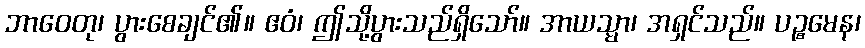
ဘာဝေတု၊ ပွားစေချင်၏။ ဧဝံ၊ ဤသို့ပွားသည်ရှိသော်။ အာယသ္မာ၊ အရှင်သည်။ ပဉ္စမေန၊